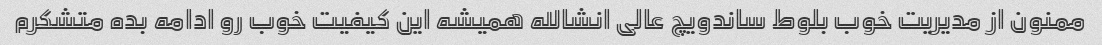
ممنون از مدیریت خوب بلوط ساندویچ عالی انشالله همیشه این کیفیت خوب رو ادامه بده متشکرم